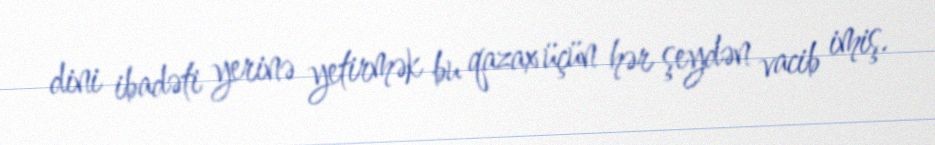
dini ibadəti yerinə yetirmək bu qazax üçün hər şeydən vacib imiş.